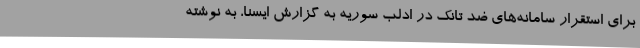
برای استقرار سامانه‌های ضد تانک در ادلب سوریه به گزارش ایسنا، به نوشته